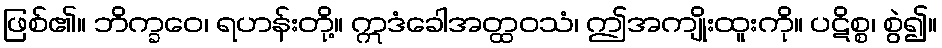
ဖြစ်၏။ ဘိက္ခဝေ၊ ရဟန်းတို့။ ဣဒံခေါအတ္ထဝသံ၊ ဤအကျိုးထူးကို။ ပဋိစ္စ၊ စွဲ၍။